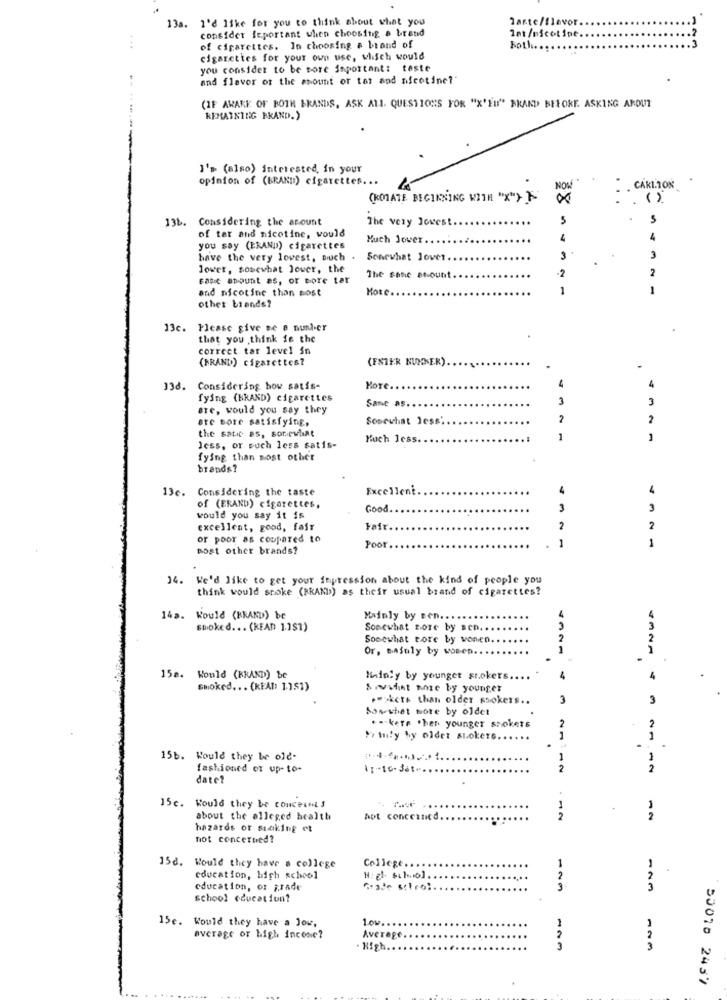
13a. I'd like for you to think about what you
Tarte/flavor
consider feportant when choosing a brand
Int/nicotine.
of cigarettes. In choosing a brand of
koll. .....
cigarettes for your own use, which would
you consider to be more important: teste
and flavor of the amount or tat and nicotine?
(IF AWARE OF BOTH BRANDS, ASK ALL. QUESTIONS FOR "X'Eu" AKAND BEFORE. ASKING AROUT
REMAINING BRAND.)
I'» (also) interested, in your
opinion of (BRAND) cigarettes ...
NOW
. CARLTON
(ROTATE BEGINNING WITH "X"> F
00
( )
13b. Considering the amount
The very lowest
5
of tar and nicotine, would
Much Jouer
4
4
you say (ERAND) cigarettes
have the very lowest, buch .
Somewhat lover.
3
3
lower, somewhat Jouer, the
2
Fast atount es, or more tar
The sone amount
-2
and nicotine than most
More.
1
other brands?
Please give se a nunder
.
that you think is the
correct tar level in
(BRAND) cigarettes?
(ENTER NUMNER)
.
138.
Considering how satis-
MOTE
4
fying (HRAND) cigarettes
Sanc aş
3
are, would you say they
are Bore satisfying,
Somewhat Jess
2
2
the satie as, sor.cwhat
Much less.
1
1
Jess, or such less satis-
fying than most other
brands?
13e. Considering the taste
Excellent
4
4
of (ERAND) cigarettes,
Good
3
3
would you say it is
excellent, good, fair
Fafr
2
2
of poor as compared to
1
1
Bost other brands?
Poor
14. We'd like to get your fupression about the kind of people you
think would spoke (RRAND) as their usual brand of cigarettes?
14a. Would (BRAND) be
Mainly by sen ....
spoked ... (READ 1.1$1)
Somewhat sore by sen ...
3
Somewhat tore by wonen.
2
Or, Bajaly by wonen ..
1
15a. Would (KRAND) be
Mainly by younger stokers.
4
Smoked ... (READ 1151)
&wwwhint amie by younger
."skets than older ssokers ..
3
Sos-what more by oldet
2
.-- kere .her younger spokers
Pe tuly hy oldet ALOkers.
1
1
15b. Would they be old-
1
fashioned or up- to-
11-16-30
2
21112
2
date?
15c. Would they be conceinis
about the alleged health
hot concertied
12
2
hazards or sinking et
not concerned?
158.
College.
1
Would they have a college
coucation, high school
2
2
education, or ;rade
Grade schrol.
3
school education?
1.o .. . . . .
15e. Would they have a low,
2
average or high incone?
Average ..
High .. . .
3
50078 2437